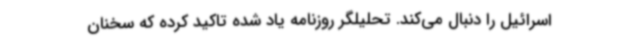
اسرائیل را دنبال می‌کند. تحلیلگر روزنامه یاد شده تاکید کرده که سخنان